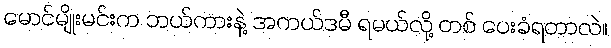
မောင်မျိုးမင်းက ဘယ်ကားနဲ့ အကယ်ဒမီ ရမယ်လို့ တစ် ပေးခံရတာလဲ။